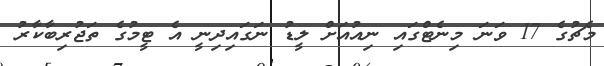
މެޗުގެ 17 ވަނަ މިނެޓްގައި ނިއުއަށް ލީޑު ނަގައިދިނީ އެ ޓީމުގެ ތަޖުރިބާކާރު